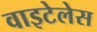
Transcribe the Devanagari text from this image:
वाइटेलेस